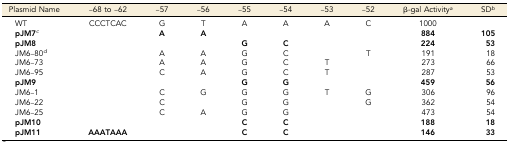
<table><thead><tr><td><b>Plasmid Name</b></td><td><b>–68 to –62</b></td><td><b>–57</b></td><td><b>–56</b></td><td><b>–55</b></td><td><b>–54</b></td><td><b>–53</b></td><td><b>–52</b></td><td><b>β-gal Activity<i><sup>a</sup></i></b></td><td><b>SD<i><sup>b</sup></i></b></td></tr></thead><tbody><tr><td>WT</td><td>CCCTCAC</td><td>G</td><td>T</td><td>A</td><td>A</td><td>A</td><td>C</td><td>1000</td><td></td></tr><tr><td><b>pJM7</b><i><sup>c</sup></i></td><td></td><td><b>A</b></td><td><b>A</b></td><td></td><td></td><td></td><td></td><td><b>884</b></td><td><b>105</b></td></tr><tr><td><b>pJM8</b></td><td></td><td></td><td></td><td><b>G</b></td><td><b>C</b></td><td></td><td></td><td><b>224</b></td><td><b>53</b></td></tr><tr><td>JM6–80<i><sup>d</sup></i></td><td></td><td>A</td><td>A</td><td>G</td><td>C</td><td></td><td>T</td><td>191</td><td>18</td></tr><tr><td>JM6–73</td><td></td><td>A</td><td>A</td><td>G</td><td>C</td><td>T</td><td></td><td>273</td><td>66</td></tr><tr><td>JM6–95</td><td></td><td>C</td><td>A</td><td>G</td><td>C</td><td>T</td><td></td><td>287</td><td>53</td></tr><tr><td><b>pJM9</b></td><td></td><td></td><td></td><td><b>G</b></td><td><b>G</b></td><td></td><td></td><td><b>459</b></td><td><b>56</b></td></tr><tr><td>JM6–1</td><td></td><td>C</td><td>G</td><td>G</td><td>G</td><td>T</td><td>G</td><td>306</td><td>96</td></tr><tr><td>JM6–22</td><td></td><td>C</td><td></td><td>G</td><td>G</td><td></td><td>G</td><td>362</td><td>54</td></tr><tr><td>JM6–25</td><td></td><td>C</td><td>A</td><td>G</td><td>G</td><td></td><td></td><td>473</td><td>54</td></tr><tr><td><b>pJM10</b></td><td></td><td></td><td></td><td><b>C</b></td><td><b>C</b></td><td></td><td></td><td><b>188</b></td><td><b>18</b></td></tr><tr><td><b>pJM11</b></td><td><b>AAATAAA</b></td><td></td><td></td><td><b>C</b></td><td><b>C</b></td><td></td><td></td><td><b>146</b></td><td><b>33</b></td></tr></tbody></table>